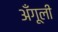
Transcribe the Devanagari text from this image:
अँगूली